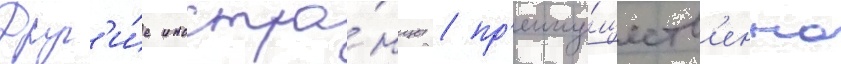
Друг'и́е иностра́нцы / пр'еиму́ществ'енно